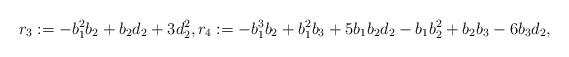
LaTeX: \begin{align*}r_{3} := -b_{1}^{2}b_{2} + b_{2}d_{2} + 3d_{2}^{2},r_{4} := -b_{1}^{3}b_{2} +b_{1}^{2}b_{3} + 5b_{1}b_{2}d_{2}- b_{1}b_{2}^{2} + b_{2}b_{3} - 6b_{3}d_{2},\end{align*}